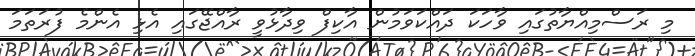
މި ރަސްމިއްޔާތުގައި ވާހަކަ ދައްކަވަމުން އާކިފް ވިދާޅުވީ ރާއްޖޭގައި އެޅި އެންމެ ފުރަތަމަ